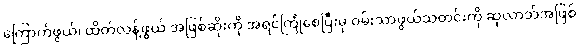
ကြောက်ဖွယ်၊ ထိတ်လန့်ဖွယ် အဖြစ်ဆိုးကို အရင်ကြုံစေပြီးမှ ဝမ်းသာဖွယ်သတင်းကို ဆုလာဘ်အဖြစ်